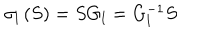
LaTeX: \sigma _ { l } \left( S \right) = S G _ { l } = G _ { l } ^ { - 1 } S